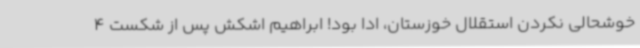
خوشحالی نکردن استقلال خوزستان، ادا بود! ابراهیم اشکش پس از شکست 4